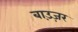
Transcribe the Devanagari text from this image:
बाउ़ज़र